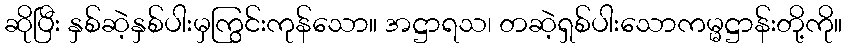
ဆိုပြီး နှစ်ဆဲ့နှစ်ပါးမှကြွင်းကုန်သော။ အဋ္ဌာရသ၊ တဆဲ့ရှစ်ပါးသောကမ္မဋ္ဌာန်းတို့ကို။